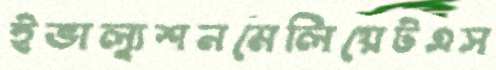
ইভাল্যুশনমেলিয়েটএস